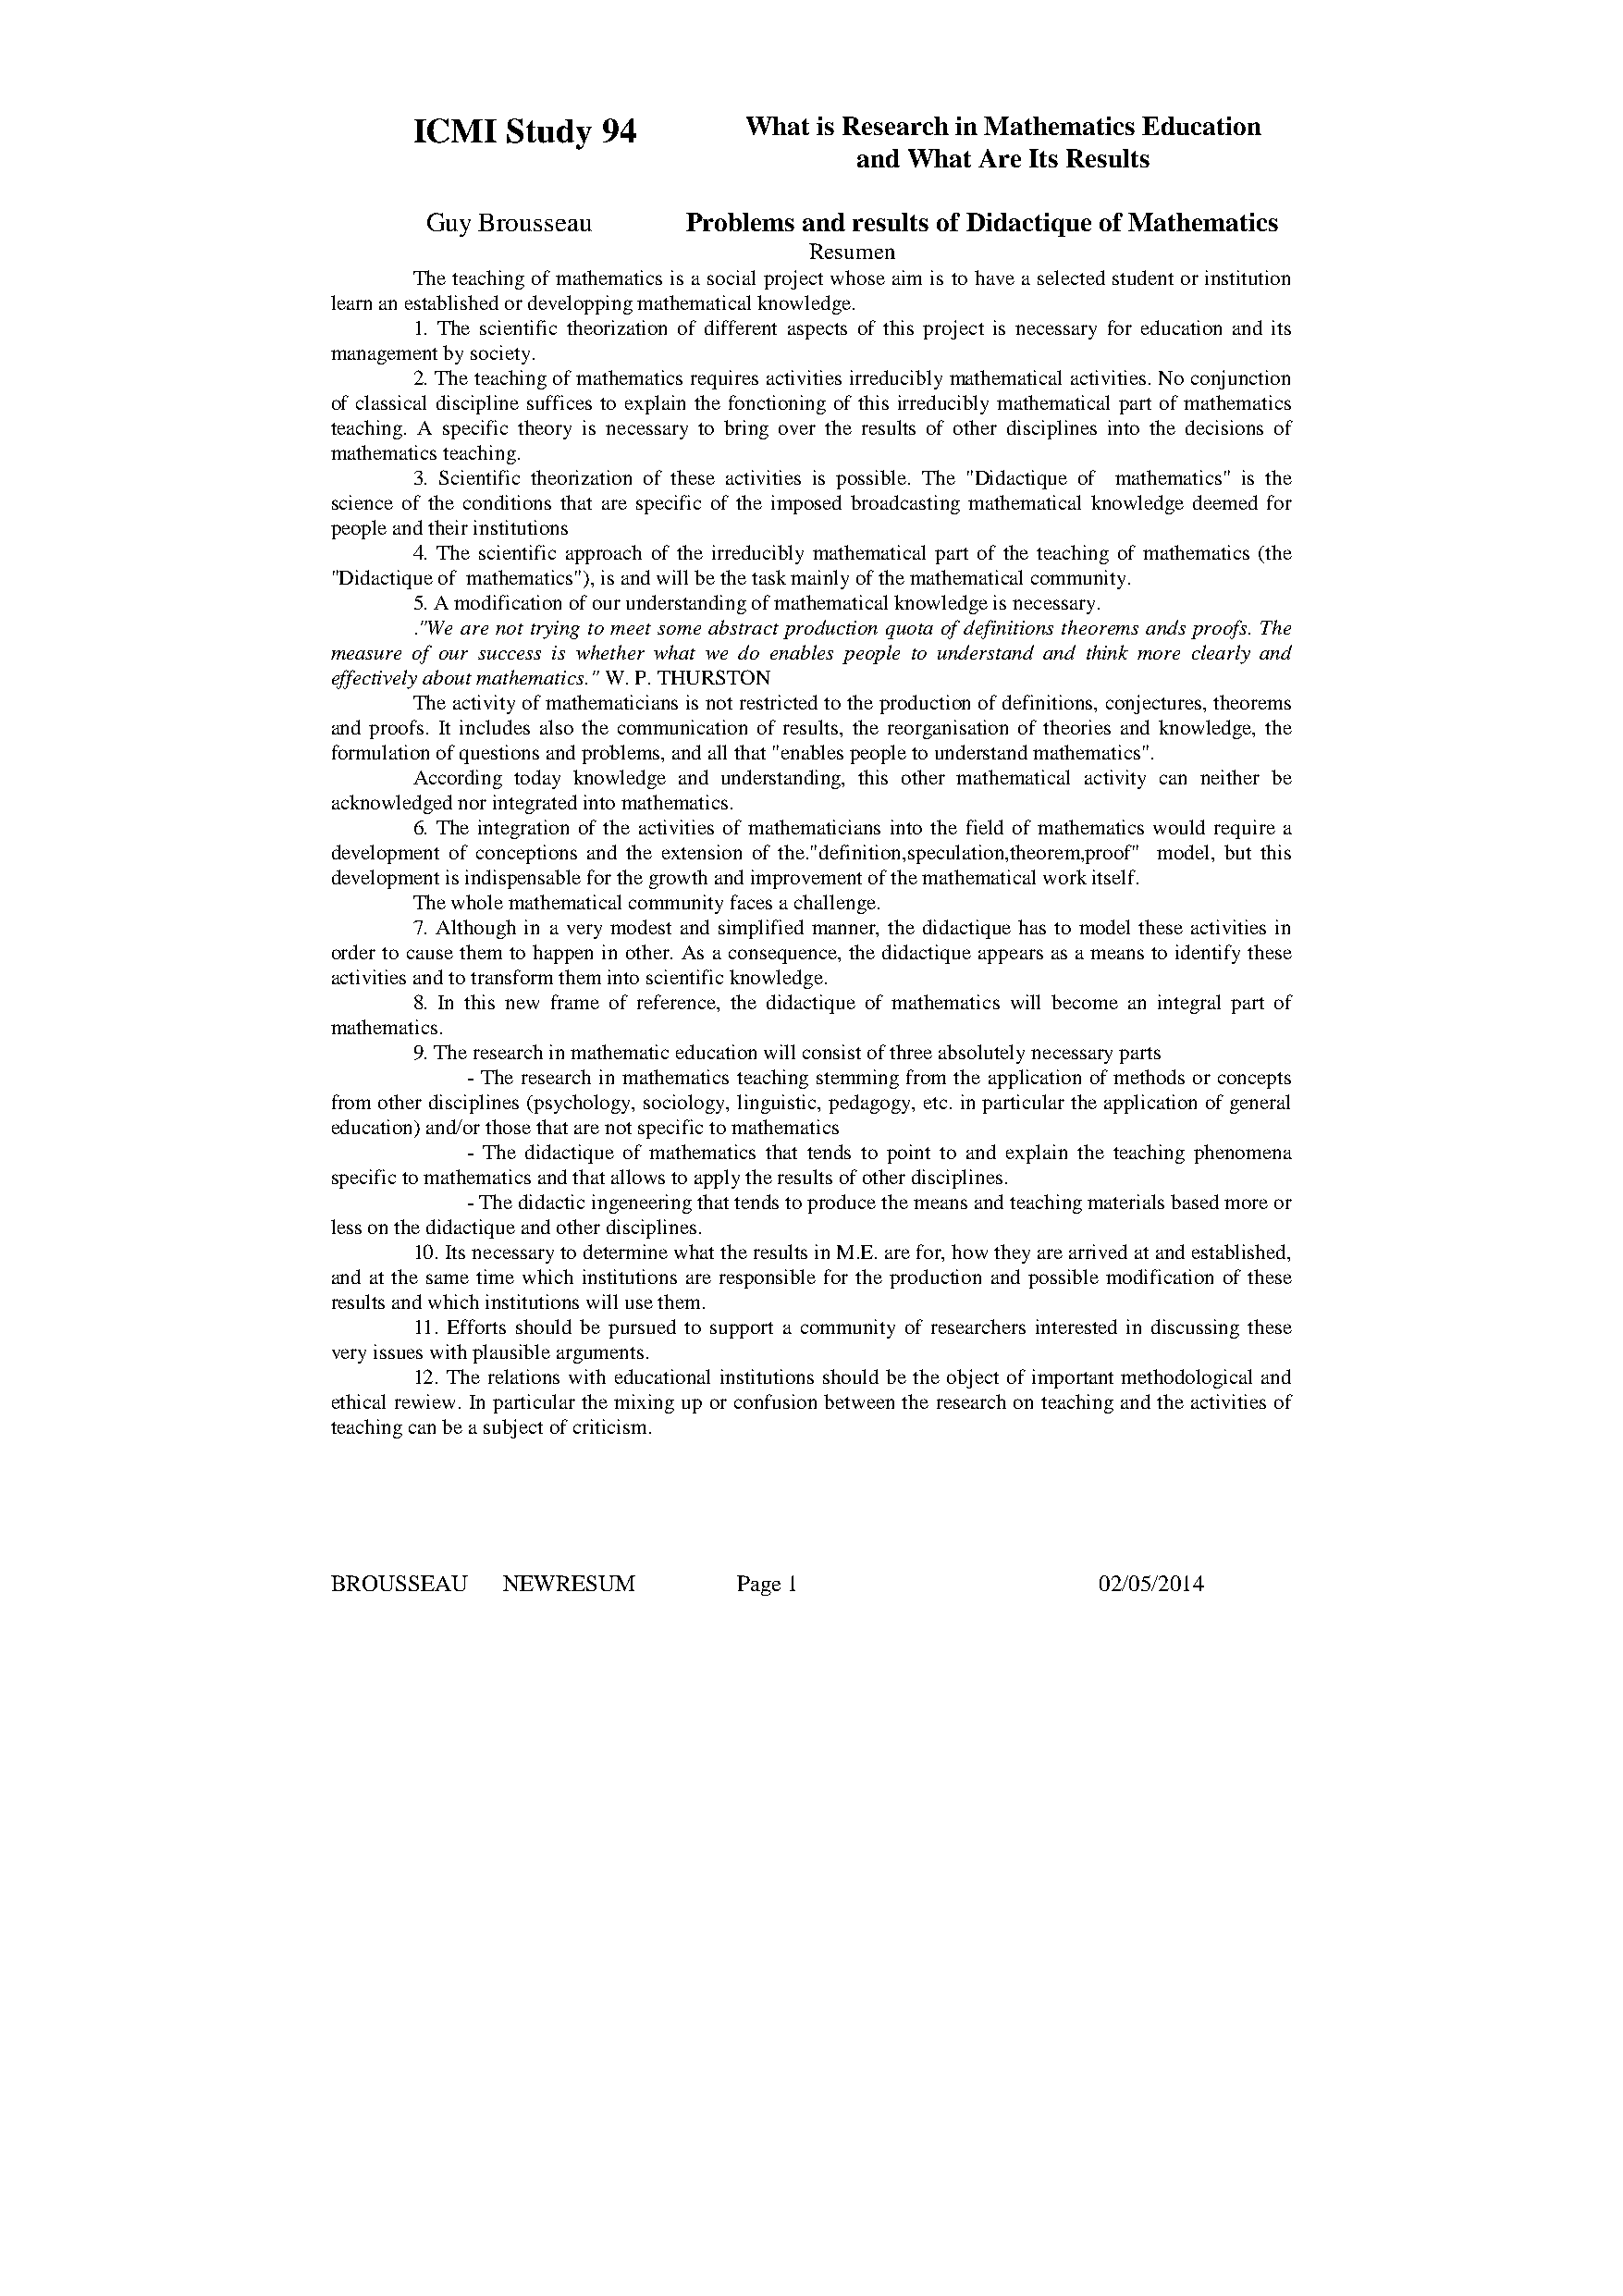
ICMI  Study  94        What is Research in Mathematics Education
 and What Are Its Results
 Guy Brousseau      Problems and results of Didactique of Mathematics
 Resumen
 The teaching of mathematics is a social project whose aim is to have a selected student or institution
 learn an established or developping mathematical knowledge.
 1. The scientific theorization of different aspects of this project is necessary for education and its
 management by society.
 2. The teaching of mathematics requires activities irreducibly mathematical activities. No conjunction
 of classical discipline suffices to explain the fonctioning of this irreducibly mathematical part of mathematics
 teaching. A specific theory is necessary to bring over the results of other disciplines into the decisions of
 mathematics teaching.
 3. Scientific theorization of these activities is possible. The "Didactique of mathematics" is the
 science of the conditions that are specific of the imposed broadcasting mathematical knowledge deemed for
 people and their institutions
 4. The scientific approach of the irreducibly mathematical part of the teaching of mathematics (the
 "Didactique of mathematics"), is and will be the task mainly of the mathematical community.
 5. A modification of our understanding of mathematical knowledge is necessary.
 ."We are not trying to meet some abstract production quota of definitions theorems ands proofs. The
 measure of our success is whether what we do enables people to understand and think more clearly and
 effectively about mathematics." W. P. THURSTON
 The activity of mathematicians is not restricted to the production of definitions, conjectures, theorems
 and proofs. It includes also the communication of results, the reorganisation of theories and knowledge, the
 formulation of questions and problems, and all that "enables people to understand mathematics".
 According today knowledge and understanding, this other mathematical activity can neither be
 acknowledged nor integrated into mathematics.
 6. The integration of the activities of mathematicians into the field of mathematics would require a
 development of conceptions and the extension of the."definition,speculation,theorem,proof" model, but this
 development is indispensable for the growth and improvement of the mathematical work itself.
 The whole mathematical community faces a challenge.
 7. Although in a very modest and simplified manner, the didactique has to model these activities in
 order to cause them to happen in other. As a consequence, the didactique appears as a means to identify these
 activities and to transform them into scientific knowledge.
 8. In this new frame of reference, the didactique of mathematics will become an integral part of
 mathematics.
 9. The research in mathematic education will consist of three absolutely necessary parts
 - The research in mathematics teaching stemming from the application of methods or concepts
 from other disciplines (psychology, sociology, linguistic, pedagogy, etc. in particular the application of general
 education) and/or those that are not specific to mathematics
 - The didactique of mathematics that tends to point to and explain the teaching phenomena
 specific to mathematics and that allows to apply the results of other disciplines.
 - The didactic ingeneering that tends to produce the means and teaching materials based more or
 less on the didactique and other disciplines.
 10. Its necessary to determine what the results in M.E. are for, how they are arrived at and established,
 and at the same time which institutions are responsible for the production and possible modification of these
 results and which institutions will use them.
 11. Efforts should be pursued to support a community of researchers interested in discussing these
 very issues with plausible arguments.
 12. The relations with educational institutions should be the object of important methodological and
 ethical rewiew. In particular the mixing up or confusion between the research on teaching and the activities of
 teaching can be a subject of criticism.
 BROUSSEAU   NEWRESUM         Page 1                    02/05/2014